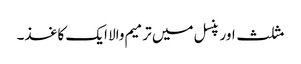
مثلث اور پنسل میں ترمیم والا ایک کاغذ۔